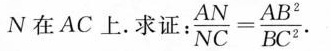
N在AC上。求证： $$\frac { A N } { N C } = \frac{ A B ^ { 2 } } { B C ^ { 2 } }$$.